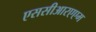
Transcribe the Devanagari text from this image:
एससीआरएएम